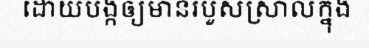
ដោយបង្កឲ្យមានរបួសស្រាលក្នុង